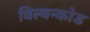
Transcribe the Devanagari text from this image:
विल्वन्कोड